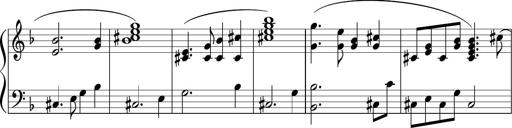
Title: Sonataette
Composer: Gergely Laszlo Matyas Jambor